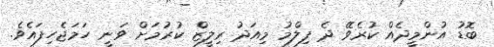
ބޮޑު އުންމީދެއް ކުރެވޭ ދެ ފިލްމު މިއަދު ރިލީޒް ކުރުމަށް ވަނީ ހަމަޖެހިފައެވެ.